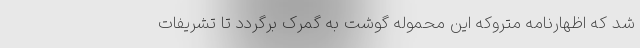
شد که اظهارنامه متروکه این محموله گوشت به گمرک برگردد تا تشریفات